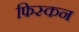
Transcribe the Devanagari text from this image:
फिस्कन